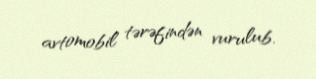
avtomobil tərəfindən vurulub.